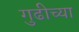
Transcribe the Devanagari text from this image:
गुढीच्या